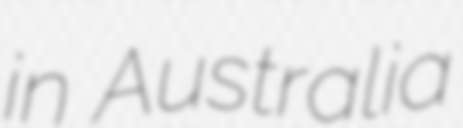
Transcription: in Australia